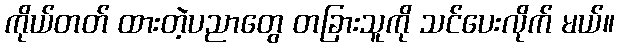
ကိုယ်တတ် ထားတဲ့ပညာတွေ တခြားသူကို သင်ပေးလိုက် မယ်။